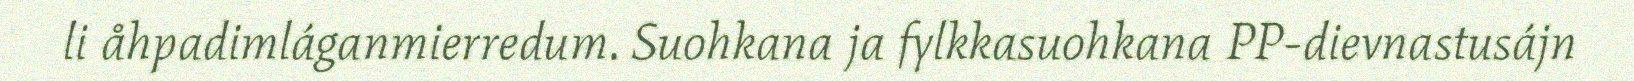
li åhpadimláganmierredum. Suohkana ja fylkkasuohkana PP-dievnastusájn